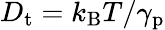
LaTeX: D_{\mathrm{t}}=k_{\mathrm{B}}T/\gamma_{\mathrm{p}}